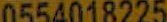
0554018225